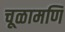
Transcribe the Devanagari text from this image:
चूळामणि